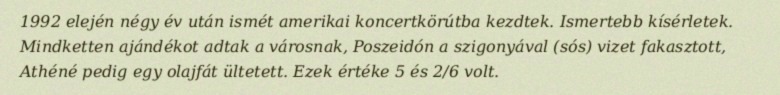
1992 elején négy év után ismét amerikai koncertkörútba kezdtek. Ismertebb kísérletek. Mindketten ajándékot adtak a városnak, Poszeidón a szigonyával (sós) vizet fakasztott, Athéné pedig egy olajfát ültetett. Ezek értéke 5 és 2/6 volt.